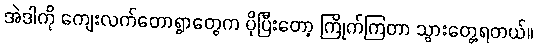
အဲဒါကို ကျေးလက်တောရွာတွေက ပိုပြီးတော့ ကြိုက်ကြတာ သွားတွေ့ရတယ်။